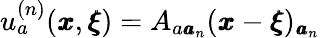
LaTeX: u_{a}^{(n)}({\pmb x},{\pmb\xi})=A_{{a}{\pmb a}_{n}}({\pmb x}-{\pmb\xi})_{{\pmb a}_{n}}